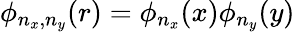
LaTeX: \phi_{n_{x},n_{y}}(r)=\phi_{n_{x}}(x)\phi_{n_{y}}(y)